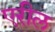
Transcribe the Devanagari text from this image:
एरील